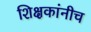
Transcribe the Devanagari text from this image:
शिक्षकांनीच